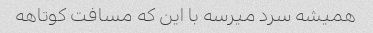
همیشه سرد میرسه با این که مسافت کوتاهه